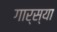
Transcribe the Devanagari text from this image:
गार्स्या